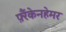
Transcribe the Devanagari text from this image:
फ़्रैंकेनहेमर